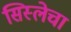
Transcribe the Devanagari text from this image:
सिस्लेचा